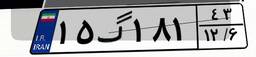
۱۵گ۱۸۱۴۳